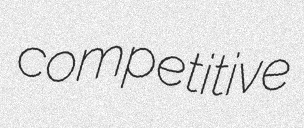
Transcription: competitive